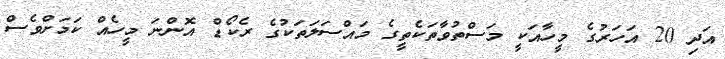
އަދި 20 އަހަރުގެ މީހާއަކީ މަސްތުވާތަކެތީގެ މައްސަލަތަކުގެ ރެކޯޑް އޮންނަ މީހެއް ކަމަށްވެސް